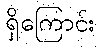
ရှိကြောင်း